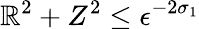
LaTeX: \mathbb{R}^{2}+Z^{2}\le\epsilon^{-2\sigma_{1}}